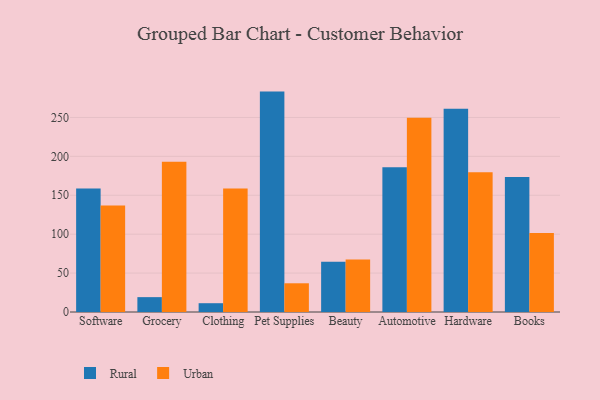
{"axis": {"x": "Category", "y": "Churn Rate (%)"}, "legend": ["Rural", "Urban"], "data": [{"x": "Software", "y": 158.8, "type": "Rural"}, {"x": "Software", "y": 136.7, "type": "Urban"}, {"x": "Grocery", "y": 19.1, "type": "Rural"}, {"x": "Grocery", "y": 193.0, "type": "Urban"}, {"x": "Clothing", "y": 11.3, "type": "Rural"}, {"x": "Clothing", "y": 158.6, "type": "Urban"}, {"x": "Pet Supplies", "y": 283.2, "type": "Rural"}, {"x": "Pet Supplies", "y": 36.9, "type": "Urban"}, {"x": "Beauty", "y": 64.7, "type": "Rural"}, {"x": "Beauty", "y": 67.5, "type": "Urban"}, {"x": "Automotive", "y": 185.9, "type": "Rural"}, {"x": "Automotive", "y": 249.5, "type": "Urban"}, {"x": "Hardware", "y": 261.1, "type": "Rural"}, {"x": "Hardware", "y": 179.5, "type": "Urban"}, {"x": "Books", "y": 173.4, "type": "Rural"}, {"x": "Books", "y": 101.6, "type": "Urban"}]}